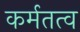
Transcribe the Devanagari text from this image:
कर्मतत्व